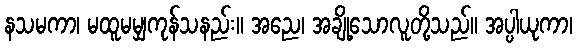
နသမကာ၊ မထူမမျှကုန်သနည်း။ အညေ၊ အချို့သောလူတို့သည်။ အပ္ပါယုကာ၊